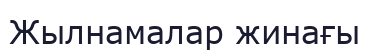
Жылнамалар жинағы